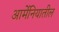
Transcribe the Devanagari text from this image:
आर्मेनियातील